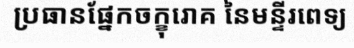
ប្រធានផ្នែកចក្ខុរោគ នៃមន្ទីរពេទ្យ